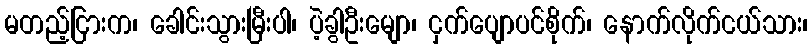
မတည့်ငြားက၊ ခေါင်းသွားမြီးပါ၊ ပဲ့ခွါဦးမျော၊ ငှက်ပျောပင်စိုက်၊ နောက်လိုက်ငယ်သား၊